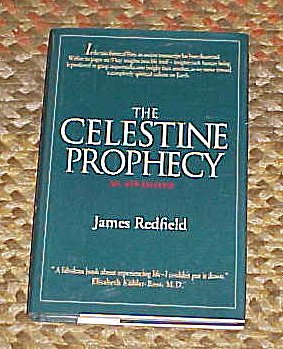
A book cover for The Celestine Prophecy An Adventure; James Redfield; Literature & Fiction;